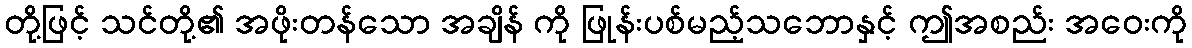
တို့ဖြင့် သင်တို့၏ အဖိုးတန်သော အချိန် ကို ဖြုန်းပစ်မည့်သဘောနှင့် ဤအစည်း အဝေးကို